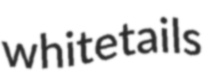
whitetails